Vabadussoja_Ajaloo_Komitee, lk 2
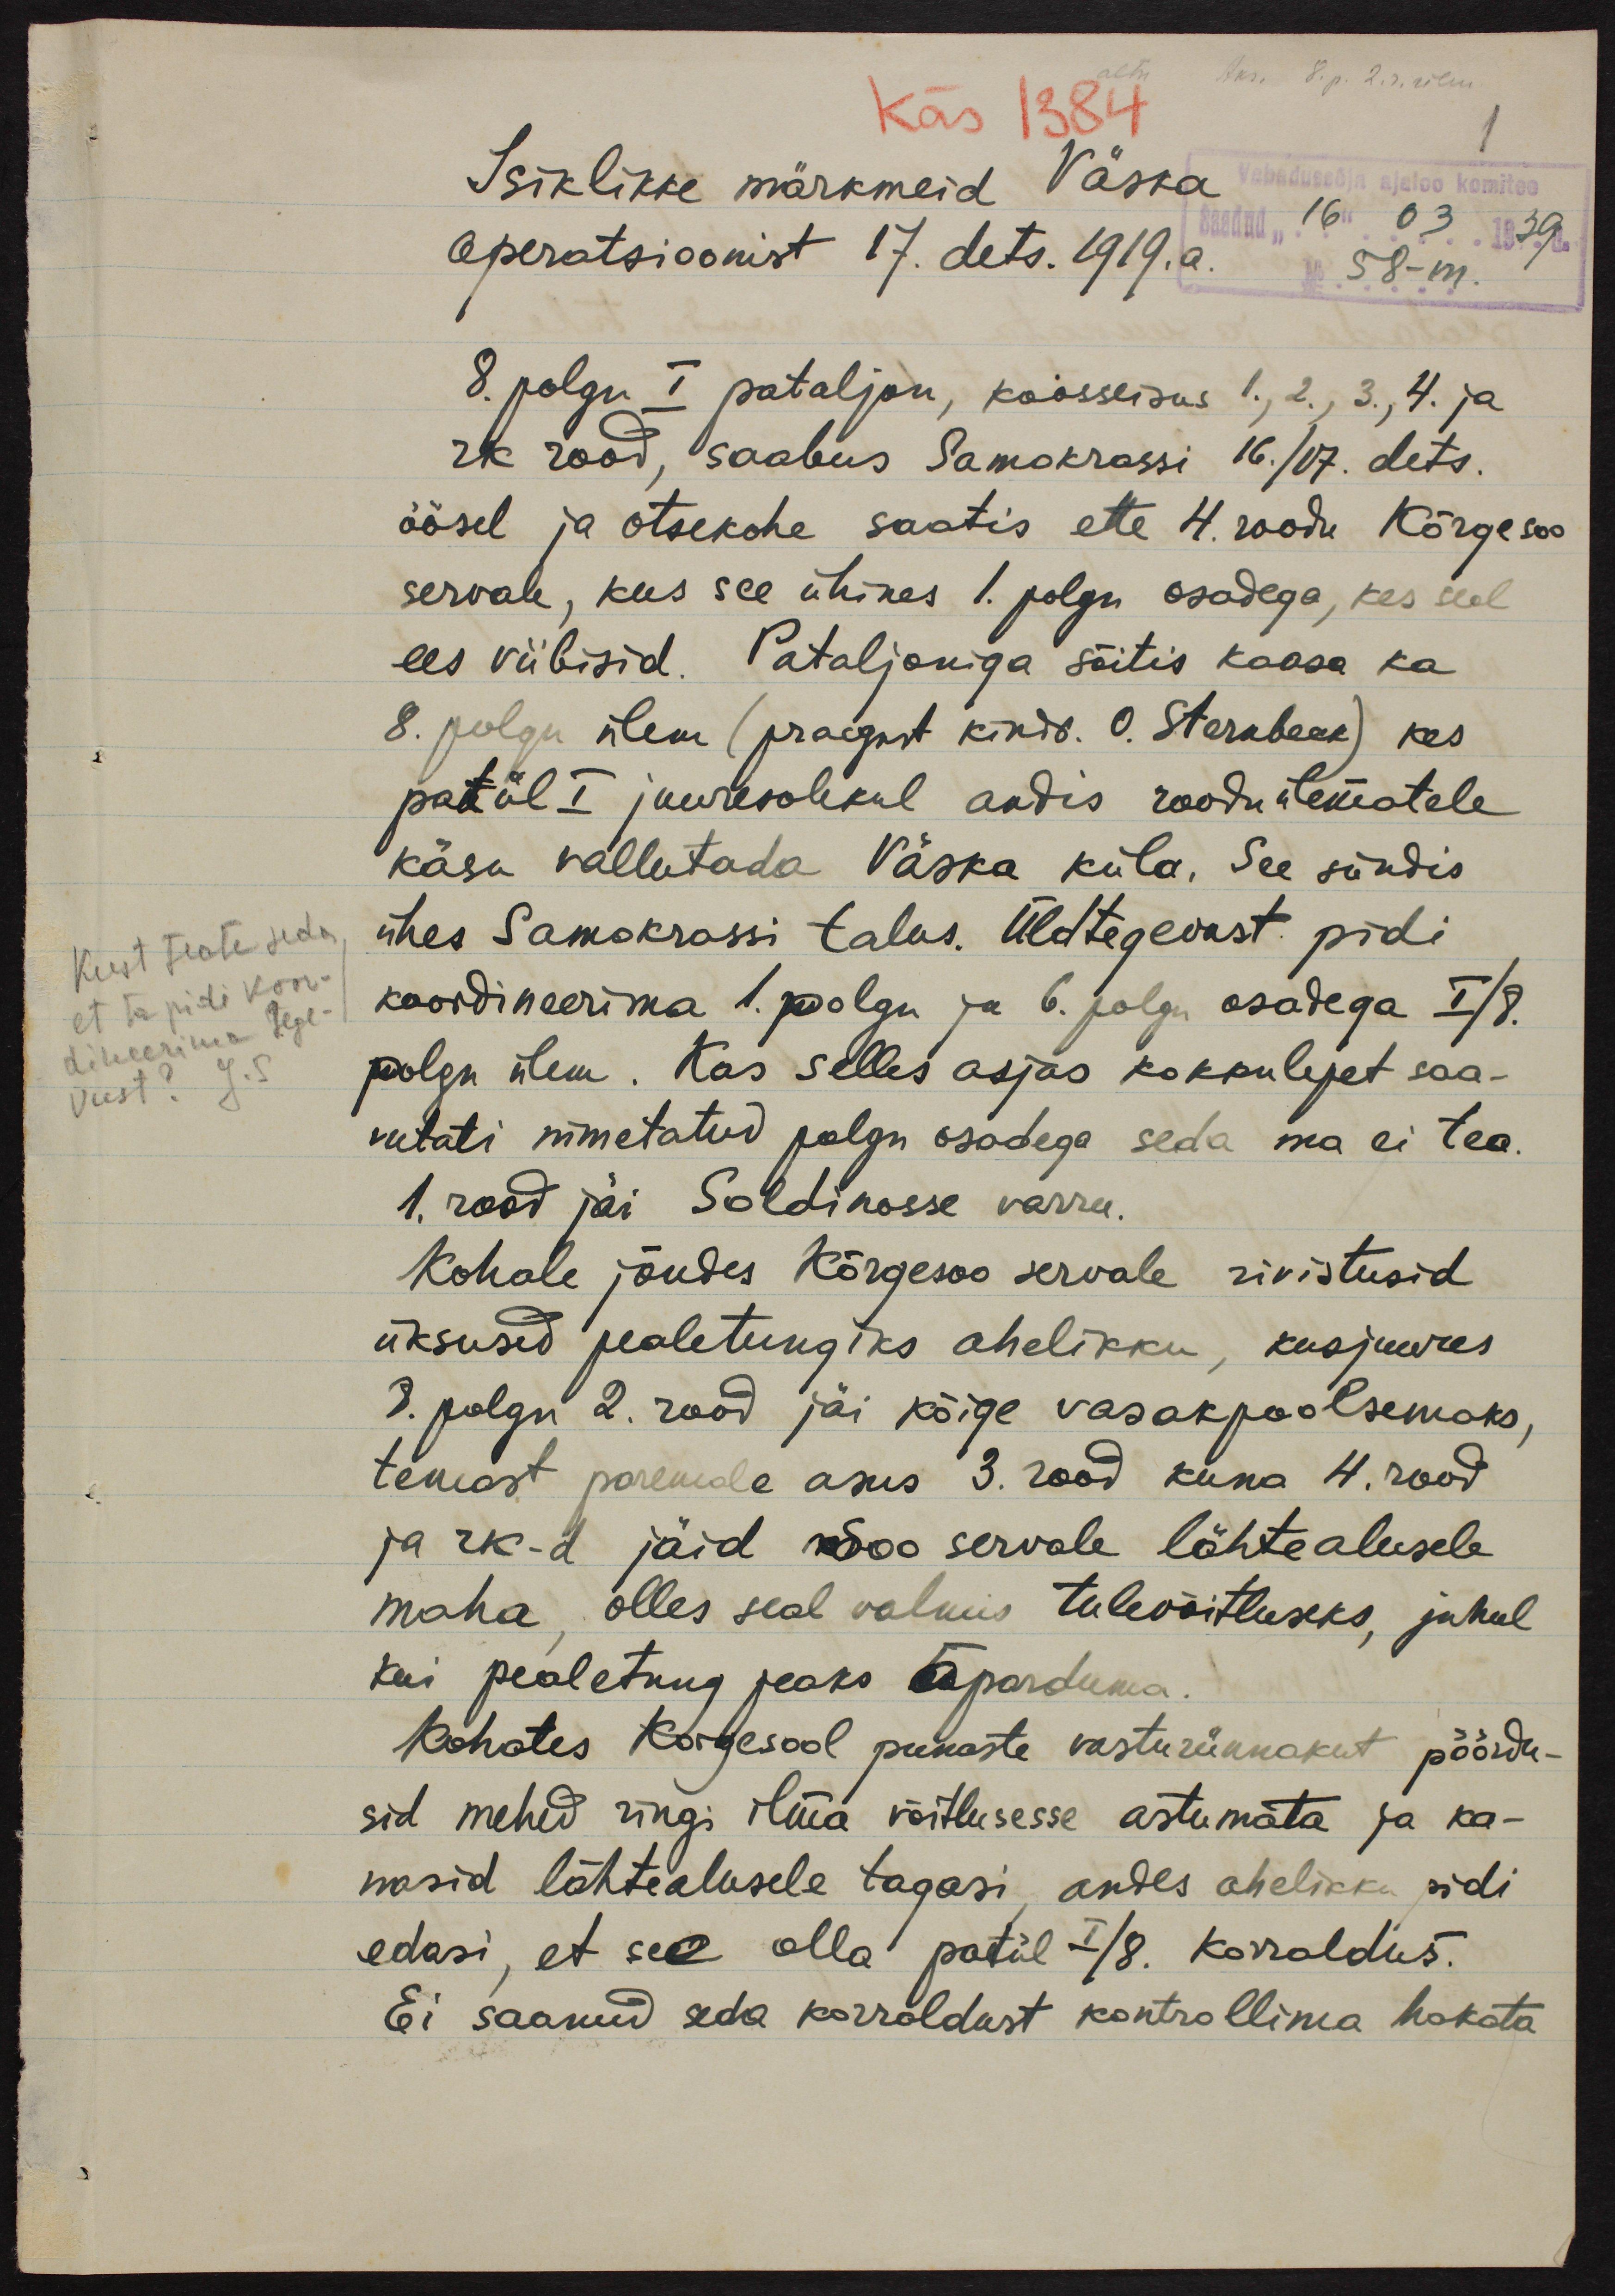
Käs 1384
1
Vabadussõja ajaloo komitee
Saadud "16"03 1939
No 58-m.
Isiklikke märkmeid Väska
operatsioonist 17. dets. 1919. a.
8. polgu I pataljon, koosseisus 1., 2., 3., 4. ja
rk rood, saabus Samokrassi 16./17. dets.
öösel ja otsekohe saatis ette 4. roodu Kõrgesoo
servale, kus see ühines 1. polgu osadega, kes seal
ees viibisid. Pataljoniga sõitis kaasa ka
8. polgu ülem (praegust kindr. O. Sternbeck) kes
patül I juuresolekul andis rooduülematele
käsu vallutada Väska küla. See sündis
Kust teate seda
et ta pidi koor-
dineerima tege-
vust? J.S
ühes Samokrassi talus. Üldtegevust pidi
koordineerima 1. polgu ja 6. polgu osadega I/8.
polgu ülem. Kas selles asjas kokkulejet saa-
vutati nimetatud polgu osadega seda ma ei tea.
1. rood jäi Soldinosse varru.
Kohale jõudes Kõrgesoo servale rivistusid
üksused pealetungiks ahelikku, kusjuures
8. polgu 2. rood jäi kõige vasakpoolsemaks,
temast paremele asus 3. rood kuna 4. rood
ja rk-d jäid Soo servale lähtealusele
maha, olles seal valmis tulevõitluseks, juhul
kui pealetung peaks äparduma
Kohates Korgesool punaste vasturünnakut pöördu-
sid mehed ringi ilma võitlusesse astumata ja ka-
nasid lähtealusele tagasi, andes ahelikku pidi
edasi, et see olla patül I/8. korraldus.
Ei saanud seda korraldust kontrollima hakata